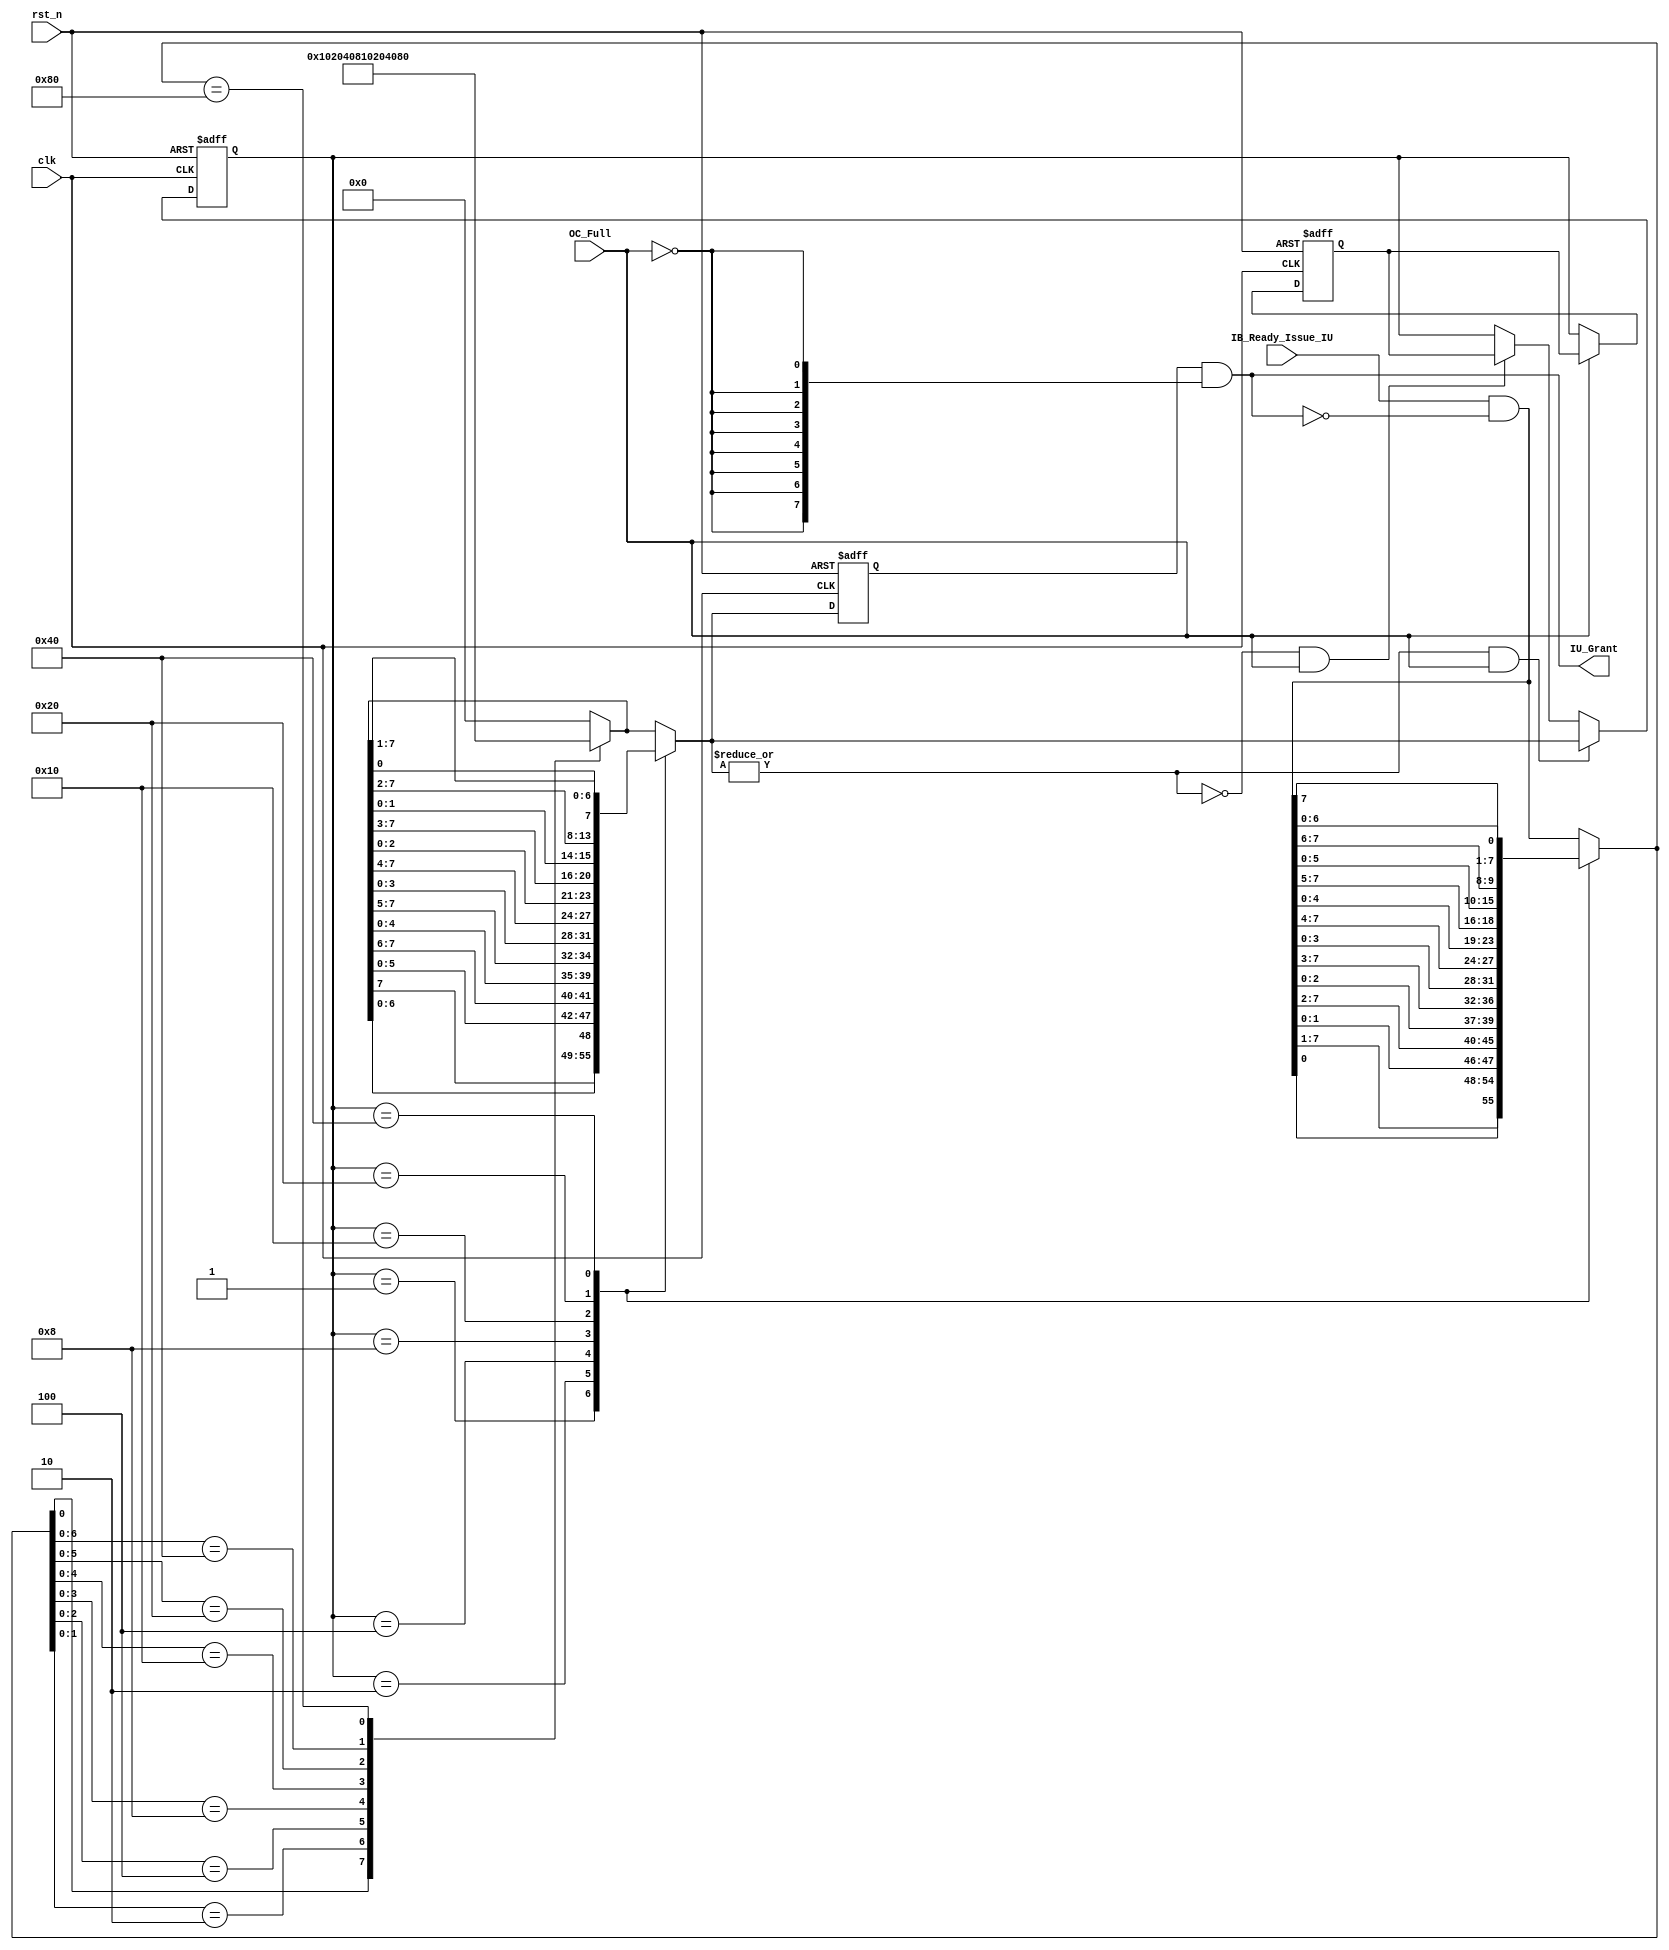
`timescale 1ns/100ps
module Issue_Unit(
    input clk,
    input rst_n,
    input [7:0] IB_Ready_Issue_IU,
    input OC_Full,//operand collector full signal
    output [7:0] IU_Grant
);
    ////////////////////////
    reg [7:0] IU_Most_Recent_Grant, Last_IU_Most_Recent_Grant;
    reg [7:0] Request_After_Rotate;
    reg [7:0] Grant_After_Rotate;
    reg [7:0] IU_Grant_Raw;//combinatinal grant in front of the output regsiter
    wire [7:0] Request_after_Masked=IB_Ready_Issue_IU&(~IU_Grant);
    reg [7:0] Grant_before_Masked;
    wire [7:0] Most_Recent_Grant_Muxed=OC_Full?Last_IU_Most_Recent_Grant:IU_Most_Recent_Grant;
    ///////////////////////////////////////
    assign IU_Grant=Grant_before_Masked&{8{!OC_Full}};
    always@(*)begin
        IU_Grant_Raw='b0;
            case(IU_Most_Recent_Grant)
                8'b0000_0001:Request_After_Rotate={Request_after_Masked[0],Request_after_Masked[7:1]};
                8'b0000_0010:Request_After_Rotate={Request_after_Masked[1:0],Request_after_Masked[7:2]};
                8'b0000_0100:Request_After_Rotate={Request_after_Masked[2:0],Request_after_Masked[7:3]};
                8'b0000_1000:Request_After_Rotate={Request_after_Masked[3:0],Request_after_Masked[7:4]};
                8'b0001_0000:Request_After_Rotate={Request_after_Masked[4:0],Request_after_Masked[7:5]};
                8'b0010_0000:Request_After_Rotate={Request_after_Masked[5:0],Request_after_Masked[7:6]};
                8'b0100_0000:Request_After_Rotate={Request_after_Masked[6:0],Request_after_Masked[7]};
                default:Request_After_Rotate=Request_after_Masked;
            endcase
            ///////////////////
            casez(Request_After_Rotate)
                8'bzzzz_zzz1:Grant_After_Rotate=8'b0000_0001;
                8'bzzzz_zz10:Grant_After_Rotate=8'b0000_0010;
                8'bzzzz_z100:Grant_After_Rotate=8'b0000_0100;
                8'bzzzz_1000:Grant_After_Rotate=8'b0000_1000;
                8'bzzz1_0000:Grant_After_Rotate=8'b0001_0000;
                8'bzz10_0000:Grant_After_Rotate=8'b0010_0000;
                8'bz100_0000:Grant_After_Rotate=8'b0100_0000;
                8'b1000_0000:Grant_After_Rotate=8'b1000_0000;
                default:Grant_After_Rotate=8'b0000_0000;
            endcase
            ////////////////////
            case(IU_Most_Recent_Grant)
                8'b0000_0001:IU_Grant_Raw={Grant_After_Rotate[6:0],Grant_After_Rotate[7]};
                8'b0000_0010:IU_Grant_Raw={Grant_After_Rotate[5:0],Grant_After_Rotate[7:6]};
                8'b0000_0100:IU_Grant_Raw={Grant_After_Rotate[4:0],Grant_After_Rotate[7:5]};
                8'b0000_1000:IU_Grant_Raw={Grant_After_Rotate[3:0],Grant_After_Rotate[7:4]};
                8'b0001_0000:IU_Grant_Raw={Grant_After_Rotate[2:0],Grant_After_Rotate[7:3]};
                8'b0010_0000:IU_Grant_Raw={Grant_After_Rotate[1:0],Grant_After_Rotate[7:2]};
                8'b0100_0000:IU_Grant_Raw={Grant_After_Rotate[0],Grant_After_Rotate[7:1]};
                default:IU_Grant_Raw=Grant_After_Rotate;
            endcase 
    end 
    ///////////////////////////////////////
    always@(posedge clk, negedge rst_n)begin
        if(!rst_n)begin
            IU_Most_Recent_Grant<=8'b1000_0000;
            Last_IU_Most_Recent_Grant<='bx;
            Grant_before_Masked<='b0;
        end else begin
            Grant_before_Masked<=IU_Grant_Raw;
            //NOTE:
            //not like the MSHR_Done, the OC_Full might be active for more than one clock,
            //if oc_full is one , we should not update the las iu grant value, so the next cycle, we still use the same most recent grant value to determine the priority
            if(!OC_Full)begin
                Last_IU_Most_Recent_Grant<=IU_Most_Recent_Grant;
            end
            //if OC is full, and a new raw grant is generated in front of the output register, then we can update the most recent grant
            //even if the next cycle the oc_full is still high, since we keep the last grant as the same, it doesn't matter
            //if the next cycle oc_full is low, then we can use the updated most recent grant to determine the grant for the next request
            if(|IU_Grant_Raw&&OC_Full)begin
                IU_Most_Recent_Grant<=IU_Grant_Raw;
            end else if(!(|IU_Grant_Raw)&&OC_Full)begin
                IU_Most_Recent_Grant<=Last_IU_Most_Recent_Grant;
            end
        end
    end
endmodule